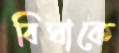
বিঘাকে